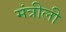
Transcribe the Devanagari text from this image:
मंत्रीली